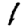
Digit: 1